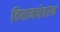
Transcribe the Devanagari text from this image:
विमानक्षेत्रएक